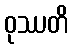
ဝုဿတိ